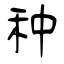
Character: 种